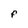
Character: F